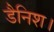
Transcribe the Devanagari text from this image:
डैनिश।